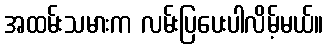
အထမ်းသမားက လမ်းပြပေးပါလိမ့်မယ်။